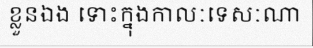
ខ្លួនឯង ទោះក្នុងកាលៈទេសៈណា